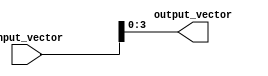
module PartSelectContinuousAssignment #(
    parameter INPUT_WIDTH = 16,  // Define the width of the input signal
    parameter OUTPUT_WIDTH = 4,   // Define the width of the output signal
    parameter START_INDEX = 3,    // Define the starting index for the part select
    parameter END_INDEX = 0       // Define the ending index for the part select
)(
    input wire [INPUT_WIDTH-1:0] input_vector, // Input signal
    output wire [OUTPUT_WIDTH-1:0] output_vector // Output signal
);

// Continuous assignment using part select
assign output_vector = input_vector[START_INDEX:END_INDEX];

endmodule